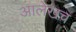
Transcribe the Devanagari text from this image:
अालेखच